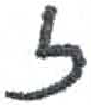
אות: ז